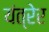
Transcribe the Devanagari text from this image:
यंत्रेर